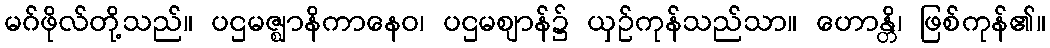
မဂ်ဖိုလ်တို့သည်။ ပဌမဇ္ဈာနိကာနေဝ၊ ပဌမဈာန်၌ ယှဉ်ကုန်သည်သာ။ ဟောန္တိ၊ ဖြစ်ကုန်၏။